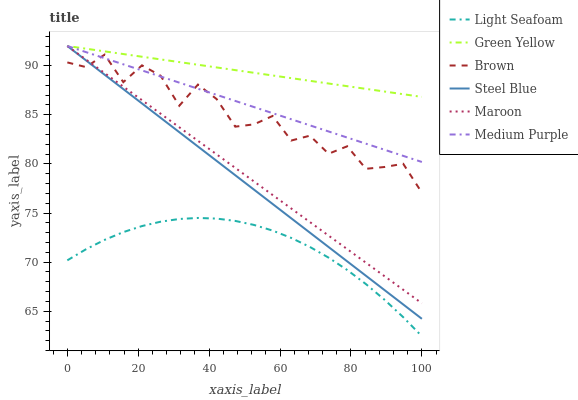
| xaxis_label | Light Seafoam | Green Yellow | Brown | Steel Blue | Maroon | Medium Purple |
 | --- | --- | --- | --- | --- | --- | --- |
 | 0 | 70.2 | 92 | 90.3 | 92 | 92 | 92 |
 | 5.26 | 71.3 | 91.7 | 89.9 | 90.5 | 90.6 | 91.4 |
 | 10.5 | 72.3 | 91.5 | 91.1 | 89.1 | 89.2 | 90.8 |
 | 15.8 | 73.1 | 91.2 | 88.3 | 87.6 | 87.9 | 90.1 |
 | 21.1 | 73.7 | 90.9 | 90 | 86.2 | 86.5 | 89.5 |
 | 26.3 | 74.1 | 90.6 | 89 | 84.7 | 85.1 | 88.9 |
 | 31.6 | 74.4 | 90.4 | 85.9 | 83.2 | 83.7 | 88.3 |
 | 36.8 | 74.5 | 90.1 | 88.1 | 81.8 | 82.4 | 87.7 |
 | 42.1 | 74.4 | 89.8 | 86.6 | 80.3 | 81 | 87 |
 | 47.4 | 74.2 | 89.5 | 83.8 | 78.8 | 79.6 | 86.4 |
 | 52.6 | 73.8 | 89.3 | 84 | 77.4 | 78.2 | 85.8 |
 | 57.9 | 73.2 | 89 | 84.9 | 75.9 | 76.8 | 85.2 |
 | 63.2 | 72.5 | 88.7 | 82.4 | 74.5 | 75.5 | 84.5 |
 | 68.4 | 71.5 | 88.5 | 82.9 | 73 | 74.1 | 83.9 |
 | 73.7 | 70.5 | 88.2 | 81 | 71.5 | 72.7 | 83.3 |
 | 78.9 | 69.2 | 87.9 | 81.8 | 70.1 | 71.3 | 82.7 |
 | 84.2 | 67.8 | 87.6 | 79.5 | 68.6 | 69.9 | 82.1 |
 | 89.5 | 66.2 | 87.4 | 79.7 | 67.2 | 68.6 | 81.4 |
 | 94.7 | 64.4 | 87.1 | 80 | 65.7 | 67.2 | 80.8 |
 | 100 | 62.5 | 86.8 | 77.1 | 64.2 | 65.8 | 80.2 |